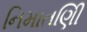
નિમાતણિી